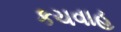
કચવાહ